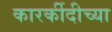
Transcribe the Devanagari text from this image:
कारर्कीदीच्या